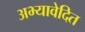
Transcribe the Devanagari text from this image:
अभ्यावेदित